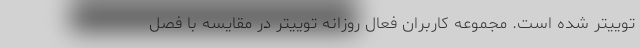
توییتر شده است. مجموعه کاربران فعالِ روزانه توییتر در مقایسه با فصل